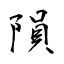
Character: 隕